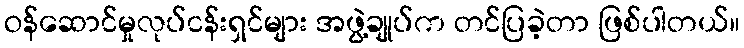
ဝန်ဆောင်မှုလုပ်ငန်းရှင်များ အဖွဲ့ချုပ်က တင်ပြခဲ့တာ ဖြစ်ပါတယ်။